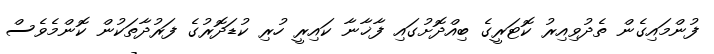
ފުންމައިގެން ތެދުވިއިރު ކޮޓަރީގެ ބިއްދޮށުގައި ފާޚާނާ ކައިރީ ހުރި ކުޑަދޮރުގެ ފަރުދާތަކުން ކޮންމެވެސް